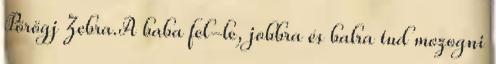
Pörögj Zebra.A baba fel-le, jobbra és balra tud mozogni